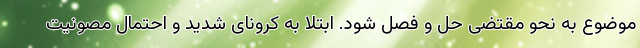
موضوع به نحو مقتضی حل و فصل شود. ابتلا به کرونای شدید و احتمال مصونیت